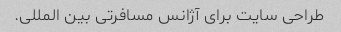
طراحی سایت برای آژانس مسافرتی بین المللی.